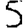
Digit: 5